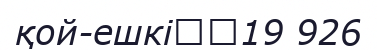
қой-ешкі		19 926